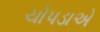
ચોપડાએ